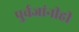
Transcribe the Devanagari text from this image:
पुर्वजांनीही